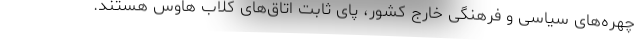
چهره‌های سیاسی و فرهنگی خارج کشور، پای ثابت اتاق‌های کلاب هاوس هستند.